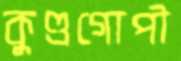
কুণ্ডগোপী